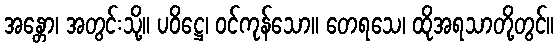
အန္တော၊ အတွင်းသို့။ ပဝိဋ္ဌေ၊ ဝင်ကုန်သော။ တေရသေ၊ ထိုအရသာတို့တွင်။